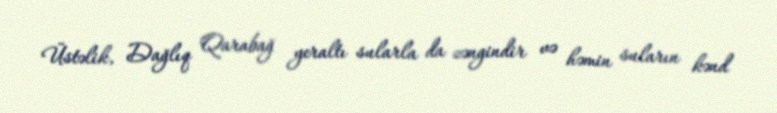
Üstəlik, Dağlıq Qarabağ yeraltı sularla da zəngindir və həmin suların kənd